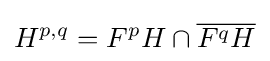
H^{p,q}=F^{p}H\cap {\overline {F^{q}H}}